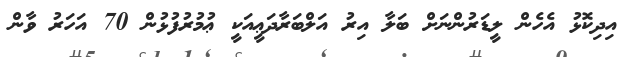
އިދިކޮޅު އެހެން ލީޑަރުންނަށް ބަލާ އިރު އަލްބަރާދަޢީއަކީ ޢުމުރުފުޅުން 70 އަހަރު ވާން